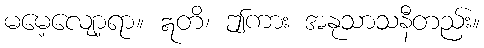
မမေ့လျော့ရာ။ ဣတိ၊ ဤကား အနုသာသနီတည်း။